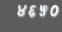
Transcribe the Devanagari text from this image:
४६५०